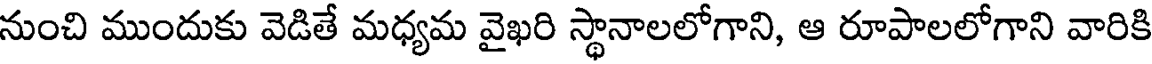
నుంచి ముందుకు వెడితే మధ్యమ వైఖరి స్థానాలలోగాని, ఆ రూపాలలోగాని వారికి